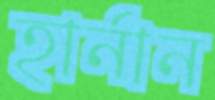
হার্নান